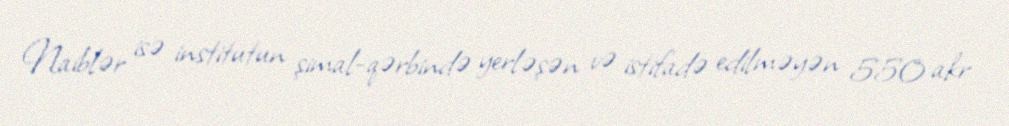
Naiblər isə institutun şimal-qərbində yerləşən və istifadə edilməyən 550 akr